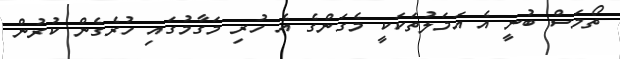
ތޯމަސް ބުނީ އެ އަމަލުތަކަކީ މެގަންގެ އެ ހުރި މަގާމުގައި ހުރެގެން ކުރުން